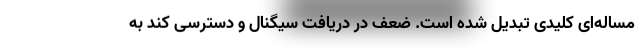
مساله‌ای کلیدی تبدیل شده است. ضعف در دریافت سیگنال و دسترسی کند به